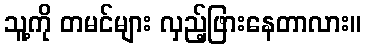
သူ့ကို တမင်များ လှည့်ဖြားနေတာလား။